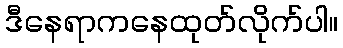
ဒီနေရာကနေထုတ်လိုက်ပါ။